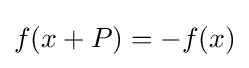
f(x+P)=-f(x)